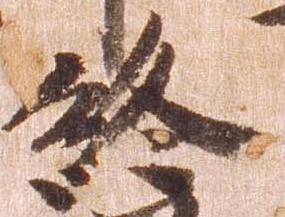
終